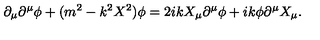
\partial _ { \mu } \partial ^ { \mu } \phi + ( m ^ { 2 } - k ^ { 2 } X ^ { 2 } ) \phi = 2 i k X _ { \mu } \partial ^ { \mu } \phi + i k \phi \partial ^ { \mu } X _ { \mu } .